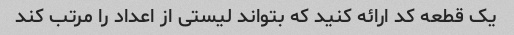
یک قطعه کد ارائه کنید که بتواند لیستی از اعداد را مرتب کند